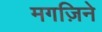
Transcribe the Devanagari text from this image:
मगज़िने